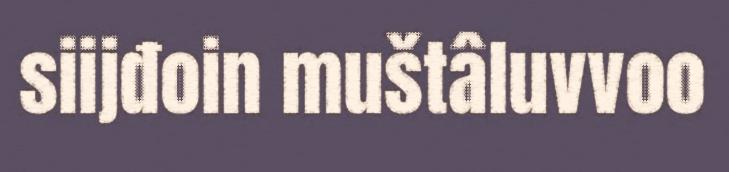
siijđoin muštâluvvoo